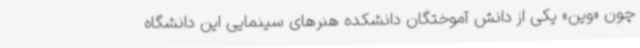
چون «وین» یکی از دانش آموختگان دانشکده هنرهای سینمایی این دانشگاه